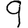
Digit: 9